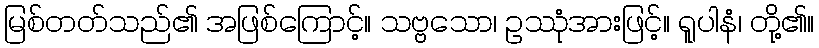
မြစ်တတ်သည်၏ အဖြစ်ကြောင့်။ သဗ္ဗသော၊ ဥဿုံအားဖြင့်။ ရူပါနံ၊ တို့၏။